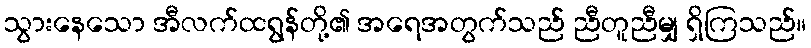
သွားနေသော အီလက်ထရွန်တို့၏ အရေအတွက်သည် ညီတူညီမျှ ရှိကြသည်။